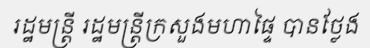
រដ្ឋមន្ត្រី រដ្ឋមន្ត្រីក្រសួងមហាផ្ទៃ បានថ្លែង